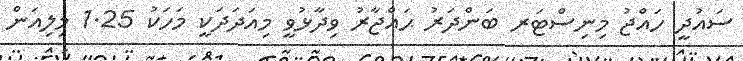
ސައުދީ ހައްޖު މިނިސްޓަރ ބަންދަރު ޙައްޖާރު ވިދާޅުވީ މިއަދަދަކީ މަހަކު 1.25 މިލިއަން